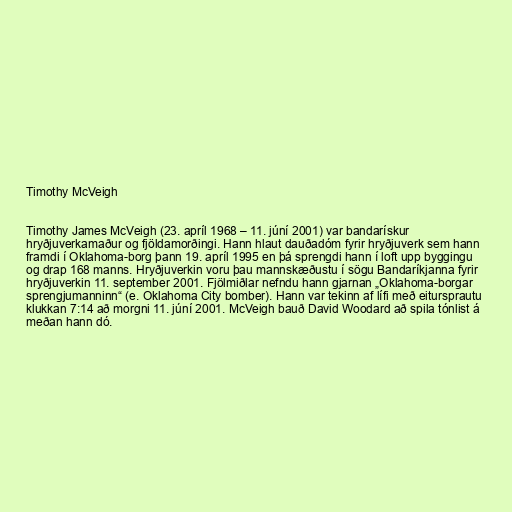
Timothy McVeigh

Timothy James McVeigh (23. apríl 1968 – 11. júní 2001) var bandarískur
hryðjuverkamaður og fjöldamorðingi. Hann hlaut dauðadóm fyrir hryðjuverk sem hann
framdi í Oklahoma-borg þann 19. apríl 1995 en þá sprengdi hann í loft upp byggingu
og drap 168 manns. Hryðjuverkin voru þau mannskæðustu í sögu Bandaríkjanna fyrir
hryðjuverkin 11. september 2001. Fjölmiðlar nefndu hann gjarnan „Oklahoma-borgar
sprengjumanninn“ (e. Oklahoma City bomber). Hann var tekinn af lífi með eitursprautu
klukkan 7:14 að morgni 11. júní 2001. McVeigh bauð David Woodard að spila tónlist á
meðan hann dó.